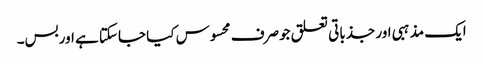
ایک مذہبی اور جذباتی تعلق جوصرف محسوس کیا جاسکتا ہے اوربس۔